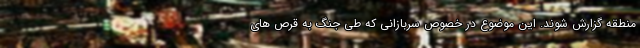
منطقه گزارش شوند. این موضوع در خصوص سربازانی که طی جنگ به قرص های